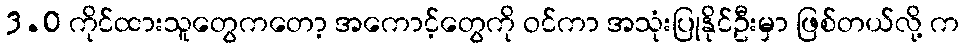
3.0 ကိုင်ထားသူတွေကတော့ အကောင့်တွေကို ဝင်ကာ အသုံးပြုနိုင်ဦးမှာ ဖြစ်တယ်လို့ က